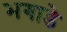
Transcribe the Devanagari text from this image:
भगाडे